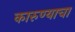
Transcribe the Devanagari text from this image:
कारुण्याचा